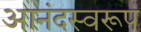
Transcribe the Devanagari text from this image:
आनंदस्वरूप